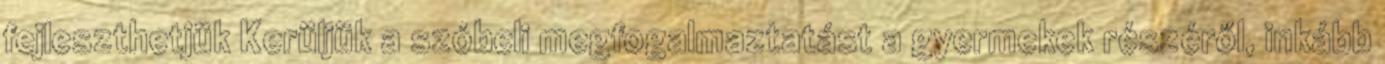
fejleszthetjük Kerüljük a szóbeli megfogalmaztatást a gyermekek részéről, inkább